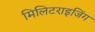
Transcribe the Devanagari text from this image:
मिलिटराइजिंग